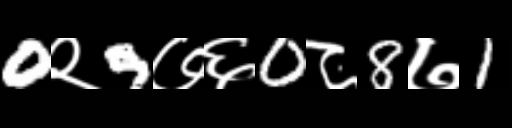
Text: 0२9७६0८8७1